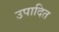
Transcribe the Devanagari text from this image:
उपादित